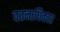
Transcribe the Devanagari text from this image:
वतनाधिकार